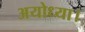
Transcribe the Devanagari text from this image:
अयोध्या।